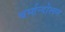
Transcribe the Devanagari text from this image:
धर्मान्दोलन